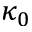
\kappa _ { 0 }